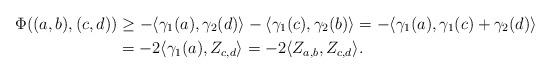
LaTeX: \begin{align*}\Phi((a,b),(c,d)) & \geq - \langle \gamma_1(a), \gamma_2(d) \rangle-\langle \gamma_1(c), \gamma_2(b) \rangle = - \langle \gamma_1(a) ,\gamma_1(c)+\gamma_2(d) \rangle \\& = -2 \langle \gamma_1(a), Z_{c,d} \rangle = -2 \langle Z_{a,b}, Z_{c,d} \rangle.\end{align*}